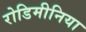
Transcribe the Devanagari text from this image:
रोडिमीनिया